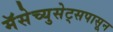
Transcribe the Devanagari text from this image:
मॅसेच्युसेट्सपासून